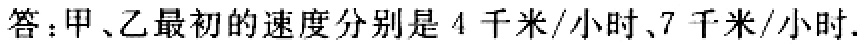
答：甲、乙最初的速度分别是 \(4\) 千米/小时、\(7\) 千米/小时.